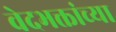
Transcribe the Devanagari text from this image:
वेदभक्तांच्या